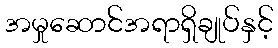
အမှုဆောင်အရာရှိချုပ်နှင့်